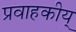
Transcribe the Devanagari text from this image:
प्रवाहकीय्